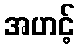
အဟင့်